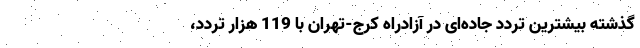
گذشته بیشترین تردد جاده‌ای در آزادراه ‌کرج-تهران با 119 هزار تردد،